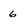
Character: 6